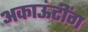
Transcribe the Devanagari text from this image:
अकाऊंटींग